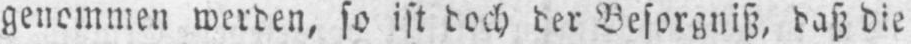
genommen werden, so ist doch der Besorgniß, daß die